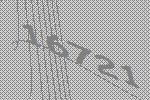
16721